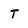
Character: T